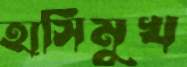
হাসিমুখ